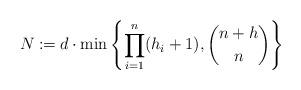
LaTeX: \begin{align*}N \coloneqq d\cdot \min\left\{ \prod_{i=1}^n(h_i+1), \binom{n+h}{n}\right\} \end{align*}